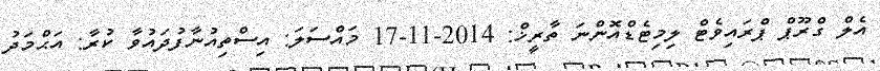
އެލް ގްރޫޕް ޕްރައިވެޓް ލިމިޓެޑްއޮންނަ ތާރީޚް: 2014-11-17 މައްސަލަ: އިސްތިއުނާފުދައުވާ ކުރާ: އަޙްމަދު